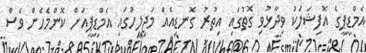
އެމްޑީޕީގެ އޮފިޝަލަކު ވިދާޅުވި ގޮތުގައި އިތުރު ގޮނޑިއެއް މަޖިލީހުގައި އެމްޑީޕީއަށް ކޮންމެހެން ވެސް